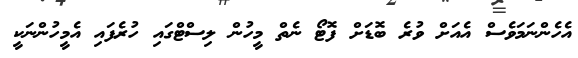
އެހެންނަމަވެސް އެއަށް ވުރެ ބޮޑަށް ފޮޓޯ ނެތް މީހުން ލިސްޓްގައި ހުރެފައި އެމީހުންނަކީ